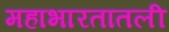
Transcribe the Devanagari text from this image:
महाभारतातली